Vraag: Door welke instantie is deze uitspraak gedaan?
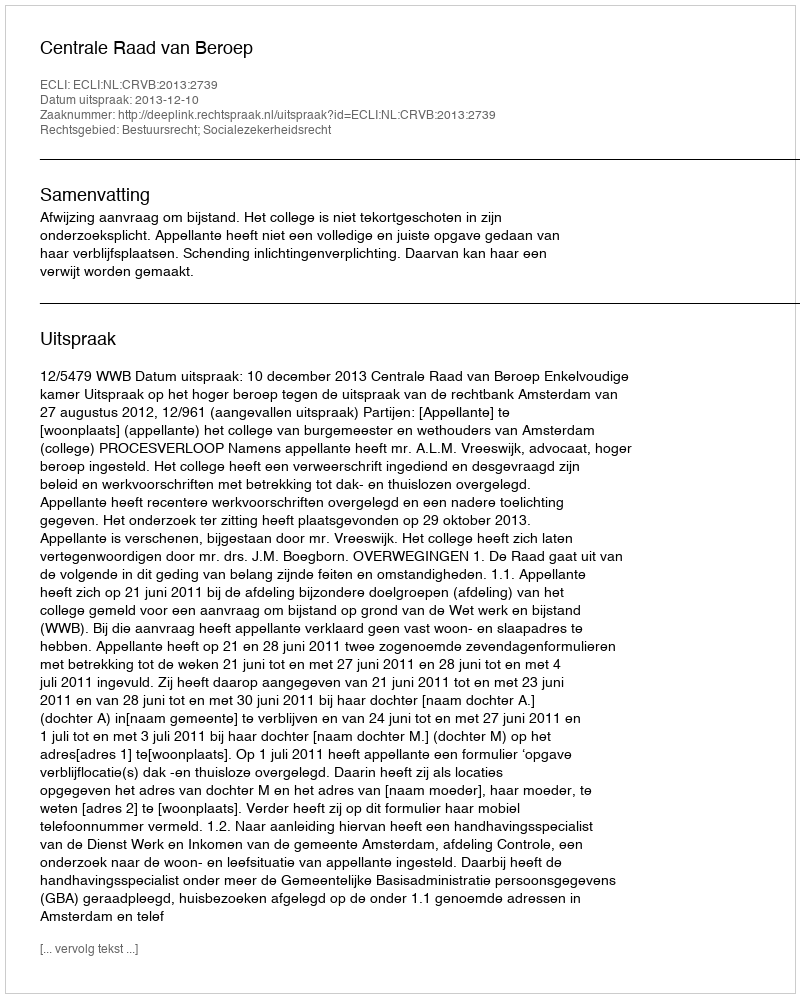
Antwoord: Centrale Raad van Beroep